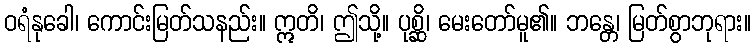
ဝရံနုခေါ၊ ကောင်းမြတ်သနည်း။ ဣတိ၊ ဤသို့။ ပုစ္ဆိ၊ မေးတော်မူ၏။ ဘန္တေ၊ မြတ်စွာဘုရား။